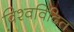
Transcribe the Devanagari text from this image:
विश्वविदित